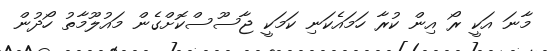
މާނަ އަކީ ރޯ އިން ކުރާ ހަމައެކަނި ކަމަކީ ޖާސޫސްކޮށްގެން މައުލޫމާތު ހޯދުން